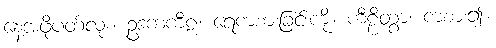
နေ့အဖို့ပတ်လုံး။ ဥဒကကီဠံ၊ ရေကစားခြင်းကို။ ကီဠိတွာ၊ ကစား၍။